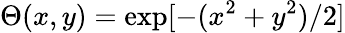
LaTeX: \Theta(x,y)=\exp[-(x^{2}+y^{2})/2]